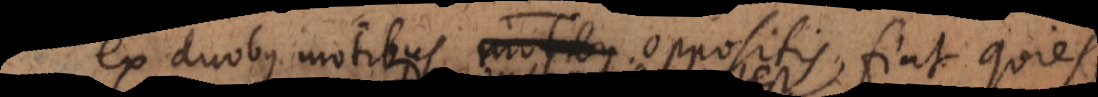
ex duobus motibus oppositis fiat qui